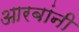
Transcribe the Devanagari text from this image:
आरबांनी